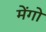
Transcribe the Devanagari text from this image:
मेंगो